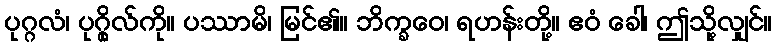
ပုဂ္ဂလံ၊ ပုဂ္ဂိုလ်ကို။ ပဿာမိ၊ မြင်၏။ ဘိက္ခဝေ၊ ရဟန်းတို့။ ဧဝံ ခေါ၊ ဤသို့လျှင်။